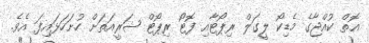
އޮތް ކުއްޖާގެ މެޑިކޯ ލީގަލް ރިޕޯޓާއި ފޮޓޯ ރިޕޯޓް ޝަރީއަތަށް ހުށަހަޅައިފަ އެވެ.